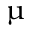
\upmu